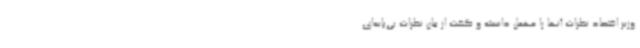
وزیر اقتصاد نظرات آنها را مهمل دانسته و گفت از بیان نظرات بی‌پایه‌ای